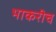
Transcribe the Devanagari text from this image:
भाकरीच